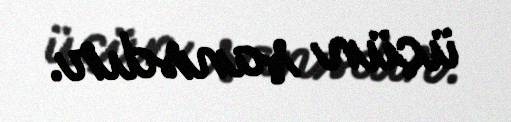
üçün şansdır.